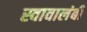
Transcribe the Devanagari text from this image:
स्वावालंबी